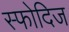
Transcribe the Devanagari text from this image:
स्फोदिज